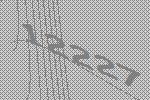
12227